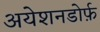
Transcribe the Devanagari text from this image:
अयेशनडोर्फ़